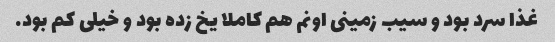
غذا سرد بود و سیب زمینی اونم هم کاملا یخ زده بود و خیلی کم بود.